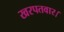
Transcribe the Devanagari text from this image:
खरपतवार।